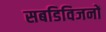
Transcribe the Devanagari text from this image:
सबडिविजनों